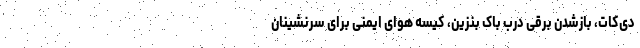
دی‌کات، بازشدن برقی دربِ باک بنزین، کیسه هوای ایمنی برای سرنشینان